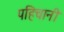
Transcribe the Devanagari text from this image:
पहिचानी